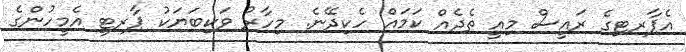
އެޕާރޓިގެ ރައީސް މިއީ ތެދެއް ކަމައް ހެކިދޭނެ. މިހާރު ވަކިބަޔަކު ޕާރޓީ އެމީހުންގެ